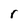
Character: r